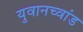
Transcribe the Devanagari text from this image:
युवानच्वांड